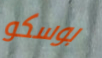
بوسكو